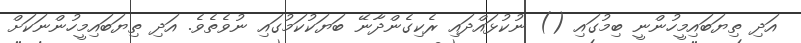
އަދި ތިޔަބައިމީހުންނީ ބިމުގައި () ނުކުޅައްދައި ރެކިގެންދާނޭ ބަޔަކުކަމުގައި ނުވެތެވެ. އަދި ތިޔަބައިމީހުންނަކަށް